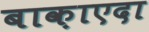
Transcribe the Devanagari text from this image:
बाक़ाएदा